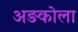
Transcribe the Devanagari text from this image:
अङकोला